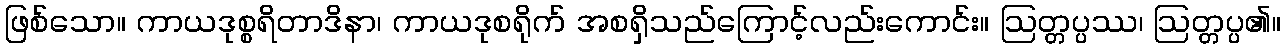
ဖြစ်သော။ ကာယဒုစ္စရိတာဒိနာ၊ ကာယဒုစရိုက် အစရှိသည်ကြောင့်လည်းကောင်း။ ဩတ္တပ္ပဿ၊ ဩတ္တပ္ပ၏။